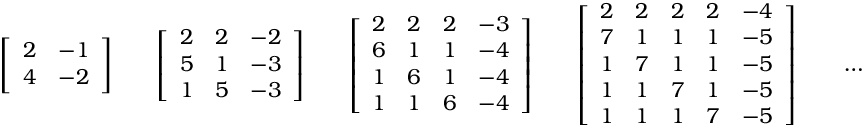
{ \left[ \begin{array} { l l } { 2 } & { - 1 } \\ { 4 } & { - 2 } \end{array} \right] } \qquad { \left[ \begin{array} { l l l } { 2 } & { 2 } & { - 2 } \\ { 5 } & { 1 } & { - 3 } \\ { 1 } & { 5 } & { - 3 } \end{array} \right] } \qquad { \left[ \begin{array} { l l l l } { 2 } & { 2 } & { 2 } & { - 3 } \\ { 6 } & { 1 } & { 1 } & { - 4 } \\ { 1 } & { 6 } & { 1 } & { - 4 } \\ { 1 } & { 1 } & { 6 } & { - 4 } \end{array} \right] } \qquad { \left[ \begin{array} { l l l l l } { 2 } & { 2 } & { 2 } & { 2 } & { - 4 } \\ { 7 } & { 1 } & { 1 } & { 1 } & { - 5 } \\ { 1 } & { 7 } & { 1 } & { 1 } & { - 5 } \\ { 1 } & { 1 } & { 7 } & { 1 } & { - 5 } \\ { 1 } & { 1 } & { 1 } & { 7 } & { - 5 } \end{array} \right] } \qquad \ldots